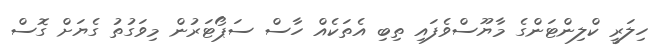
ހިލަރީ ކްލިންޓަންގެ މާޔޫސްވެފައި ތިބި އެތަކެއް ހާސް ސަޕޯޓަރުން މިވަގުތު ގެޔަށް ގޮސް